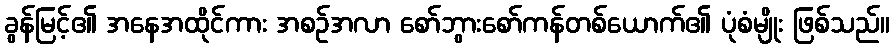
ခွန်မြင့်၏ အနေအထိုင်ကား အစဉ်အလာ စော်ဘွားစော်ကန်တစ်ယောက်၏ ပုံစံမျိုး ဖြစ်သည်။